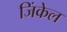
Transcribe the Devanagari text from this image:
जिंकेल